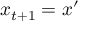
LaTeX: x _ { t + 1 } = x ^ { \prime }